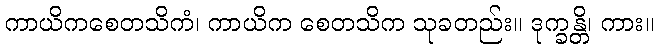
ကာယိကစေတသိကံ၊ ကာယိက စေတသိက သုခတည်း။ ဒုက္ခန္တိ၊ ကား။